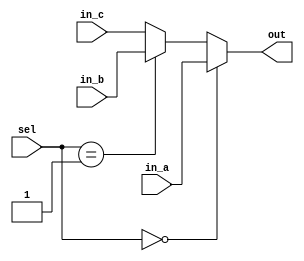
// ECE:3350 SISC processor project
// 16-bit mux

`timescale 1ns/100ps

module mux16 (in_a, in_b, in_c, sel, out);

  /*
   *  16-BIT MULTIPLEXER - mux16.v
   *
   *  Inputs:
   *   - in_a (16 bits): First input to the multiplexer. Chosen when sel = 0.
   *   - in_b (16 bits): Second input to the multiplexer. Chosen when sel = 1.
   *   - sel: Controls which input is seen at the output.
   *
   *  Outputs:
   *   - out: Output from the multiplexer.
   *
   */
//mux16 u12 (.in_a(alu_result[31:16]), .in_b(ir[15:0]),.in_c(rsa) .sel(mm_sel), .out(outMx));
  input  [15:0] in_a;
  input  [15:0] in_b;
  input  [15:0] in_c;
  input  [1:0]  sel;
  output [15:0] out;

  reg   [15:0] out;
   
  always @ (in_a, in_b,in_c, sel)
  begin
    if (sel == 0)
      out <= in_a;
    else if (sel == 1)
      out <= in_b;
    else 
	out<= in_c;
  end

endmodule